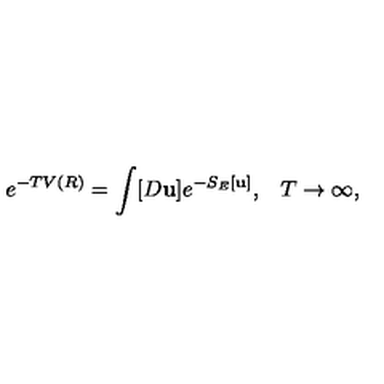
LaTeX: e ^ { - T V ( R ) } = \int [ D { \bf u } ] e ^ { - S _ { E } [ { \bf u } ] } { , } \quad T \to \infty { , }